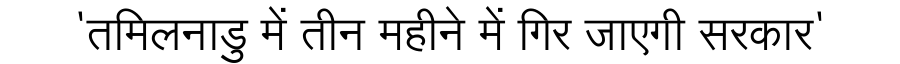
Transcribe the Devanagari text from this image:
'तमिलनाडु में तीन महीने में गिर जाएगी सरकार'